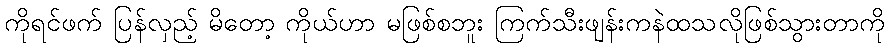
ကိုရင်ဖက် ပြန်လှည့် မိတော့ ကိုယ်ဟာ မဖြစ်စဘူး ကြက်သီးဖျန်းကနဲထသလိုဖြစ်သွားတာကို